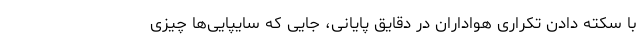
با سکته دادن تکراری هواداران در دقایق پایانی، جایی که سایپایی‌ها چیزی